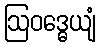
ဩဝဒ္ဓေယျံ